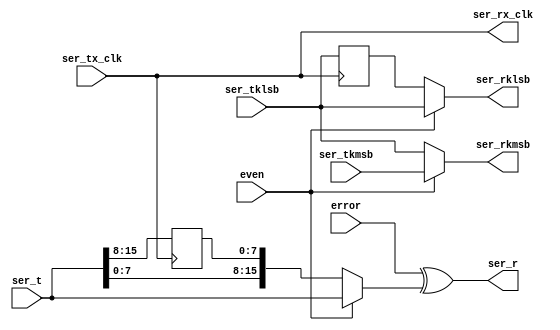
//
// Copyright 2011 Ettus Research LLC
//
// This program is free software: you can redistribute it and/or modify
// it under the terms of the GNU General Public License as published by
// the Free Software Foundation, either version 3 of the License, or
// (at your option) any later version.
//
// This program is distributed in the hope that it will be useful,
// but WITHOUT ANY WARRANTY; without even the implied warranty of
// MERCHANTABILITY or FITNESS FOR A PARTICULAR PURPOSE.  See the
// GNU General Public License for more details.
//
// You should have received a copy of the GNU General Public License
// along with this program.  If not, see <http://www.gnu.org/licenses/>.
//


module serdes_model
  (input ser_tx_clk,
   input ser_tkmsb,
   input ser_tklsb,
   input [15:0] ser_t,
   
   output ser_rx_clk,
   output ser_rkmsb,
   output ser_rklsb,
   output [15:0] ser_r,
   
   input even,
   input error);
   
   wire [15:0] ser_r_odd;
   wire  ser_rklsb_odd, ser_rkmsb_odd;   
   
   reg [7:0] hold_dat;
   reg 	     hold_k;
   
   always @(posedge ser_tx_clk) hold_k <= ser_tklsb;
   always @(posedge ser_tx_clk) hold_dat <= ser_t[15:8];
   assign    ser_rklsb_odd = hold_k;
   assign    ser_rkmsb_odd = ser_tklsb;
   assign    ser_r_odd = {ser_t[7:0], hold_dat};
   
   // Set outputs
   assign    ser_rx_clk = ser_tx_clk;
   assign    ser_rkmsb = even ? ser_tkmsb : ser_rkmsb_odd;
   assign    ser_rklsb = even ? ser_tklsb : ser_rklsb_odd;
   assign    ser_r = error ^ (even ? ser_t : ser_r_odd);
   
endmodule // serdes_model